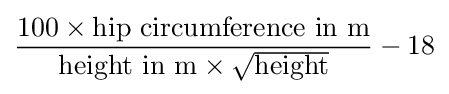
{\frac {100\times {\text{hip circumference in m}}}{{\text{height in m}}\times {\sqrt {\text{height}}}}}-18